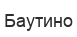
Баутино